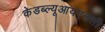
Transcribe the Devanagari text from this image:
केडब्ल्यूआयएनसी